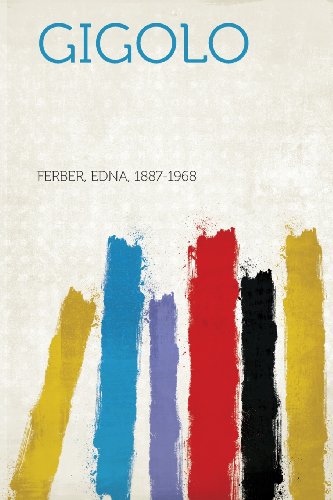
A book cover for Gigolo; Ferber Edna 1887-1968; Crafts, Hobbies & Home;